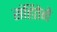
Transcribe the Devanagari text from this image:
संहितेने